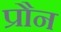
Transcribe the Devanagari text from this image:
प्रौन